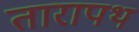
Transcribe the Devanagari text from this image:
तारापथ